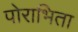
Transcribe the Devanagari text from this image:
पोराभिता